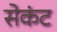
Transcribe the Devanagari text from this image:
सेकंट